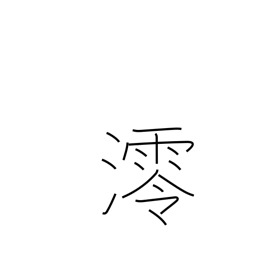
Meaning: shipping channel